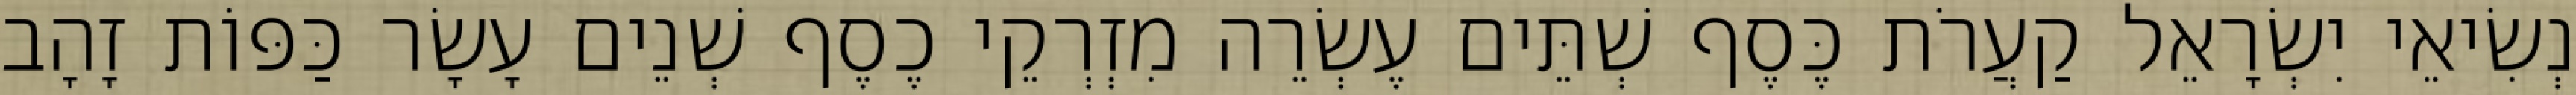
נְשִׂיאֵי יִשְׂרָאֵל קַעֲרֹת כֶּסֶף שְׁתֵּים עֶשְׂרֵה מִזְרְקֵי כֶסֶף שְׁנֵים עָשָׂר כַּפּוֹת זָהָב